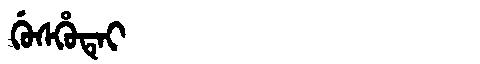
Manchu: ᡤᡠᠰᡥᡠᡨᡝᡳ
Romanization: GUSHUTEI